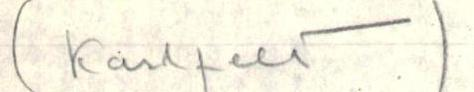
(Karlfelt)